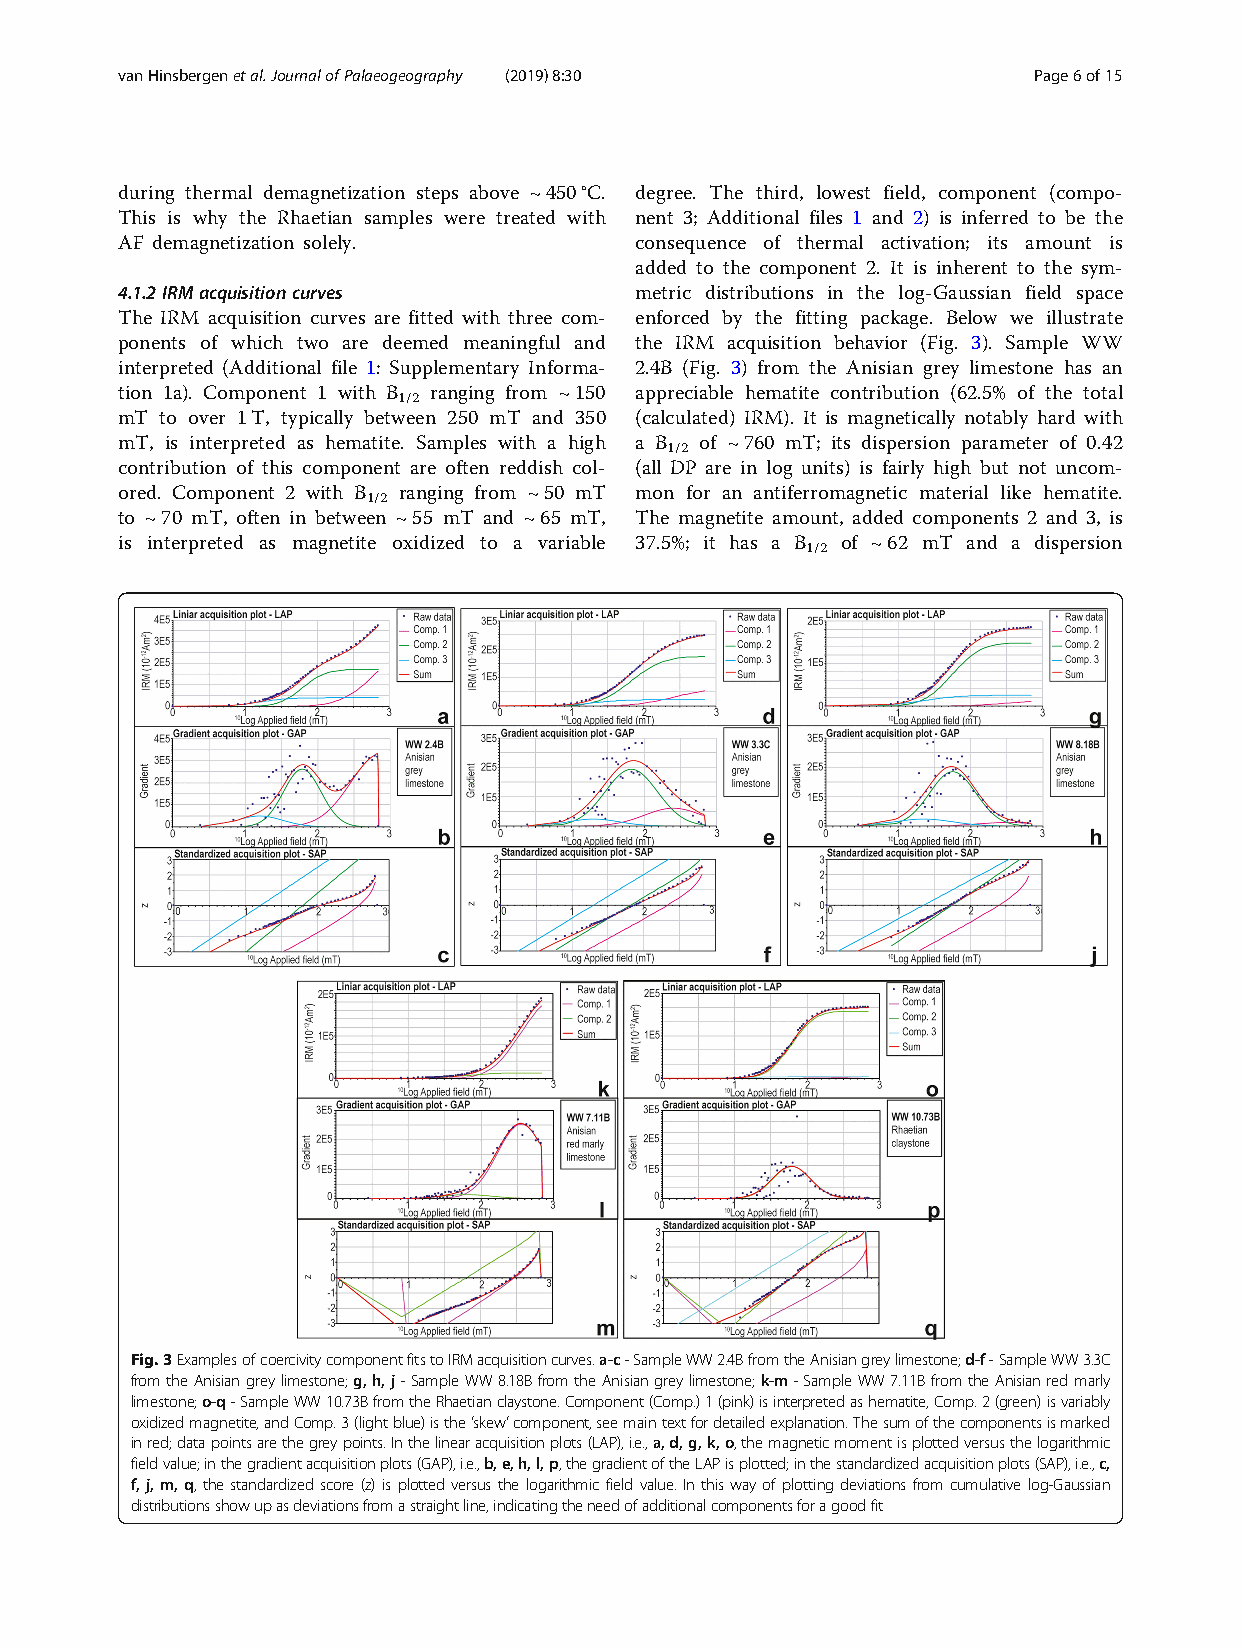
vanHinsbergenetal.JournalofPalaeogeography (2019) 8:30      Page6of15
 during thermal demagnetization steps above ~450°C. degree. The third, lowest field, component (compo-
 This is why the Rhaetian samples were treated with nent 3; Additional files 1 and 2) is inferred to be the
 AF demagnetization solely.        consequence of thermal activation; its amount is
 added to the component 2. It is inherent to the sym-
 4.1.2IRMacquisitioncurves         metric distributions in the log-Gaussian field space
 The IRM acquisition curves are fitted with three com- enforced by the fitting package. Below we illustrate
 ponents of which two are deemed meaningful and the IRM acquisition behavior (Fig. 3). Sample WW
 interpreted (Additional file 1: Supplementary Informa- 2.4B (Fig. 3) from the Anisian grey limestone has an
 tion 1a). Component 1 with B ranging from ~150 appreciable hematite contribution (62.5% of the total
 1/2
 mT to over 1T, typically between 250 mT and 350 (calculated) IRM). It is magnetically notably hard with
 mT, is interpreted as hematite. Samples with a high a B of ~760 mT; its dispersion parameter of 0.42
 1/2
 contribution of this component are often reddish col- (all DP are in log units) is fairly high but not uncom-
 ored. Component 2 with B ranging from ~50 mT mon for an antiferromagnetic material like hematite.
 1/2
 to ~70 mT, often in between ~55 mT and ~65 mT, The magnetite amount, added components 2 and 3, is
 is interpreted as magnetite oxidized to a variable 37.5%; it has a B of ~62 mT and a dispersion
 1/2
 Fig.3ExamplesofcoercivitycomponentfitstoIRMacquisitioncurves.a-c-SampleWW2.4BfromtheAnisiangreylimestone;d-f-SampleWW3.3C
 fromtheAnisiangreylimestone;g,h,j-SampleWW8.18BfromtheAnisiangreylimestone;k-m-SampleWW7.11BfromtheAnisianredmarly
 limestone;o-q-SampleWW10.73BfromtheRhaetianclaystone.Component(Comp.)1(pink)isinterpretedashematite,Comp.2(green)isvariably
 oxidizedmagnetite,andComp.3(lightblue)isthe‘skew’component,seemaintextfordetailedexplanation.Thesumofthecomponentsismarked
 inred;datapointsarethegreypoints.Inthelinearacquisitionplots(LAP),i.e.,a,d,g,k,o,themagneticmomentisplottedversusthelogarithmic
 fieldvalue;inthegradientacquisitionplots(GAP),i.e.,b,e,h,l,p,thegradientoftheLAPisplotted;inthestandardizedacquisitionplots(SAP),i.e.,c,
 f, j, m, q, the standardized score (z) is plottedversus the logarithmic field value. Inthis way ofplotting deviations fromcumulative log-Gaussian
 distributionsshowupasdeviationsfromastraightline,indicatingtheneedofadditionalcomponentsforagoodfit